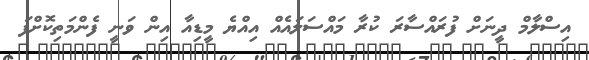
އިސްލާމް ދީނަށް ފުރައްސާރަ ކުރާ މައްސަލައެއް އިއްޔެ މީޑިއާ އިން ވަނީ ފެންމަތިކޮށްފަ